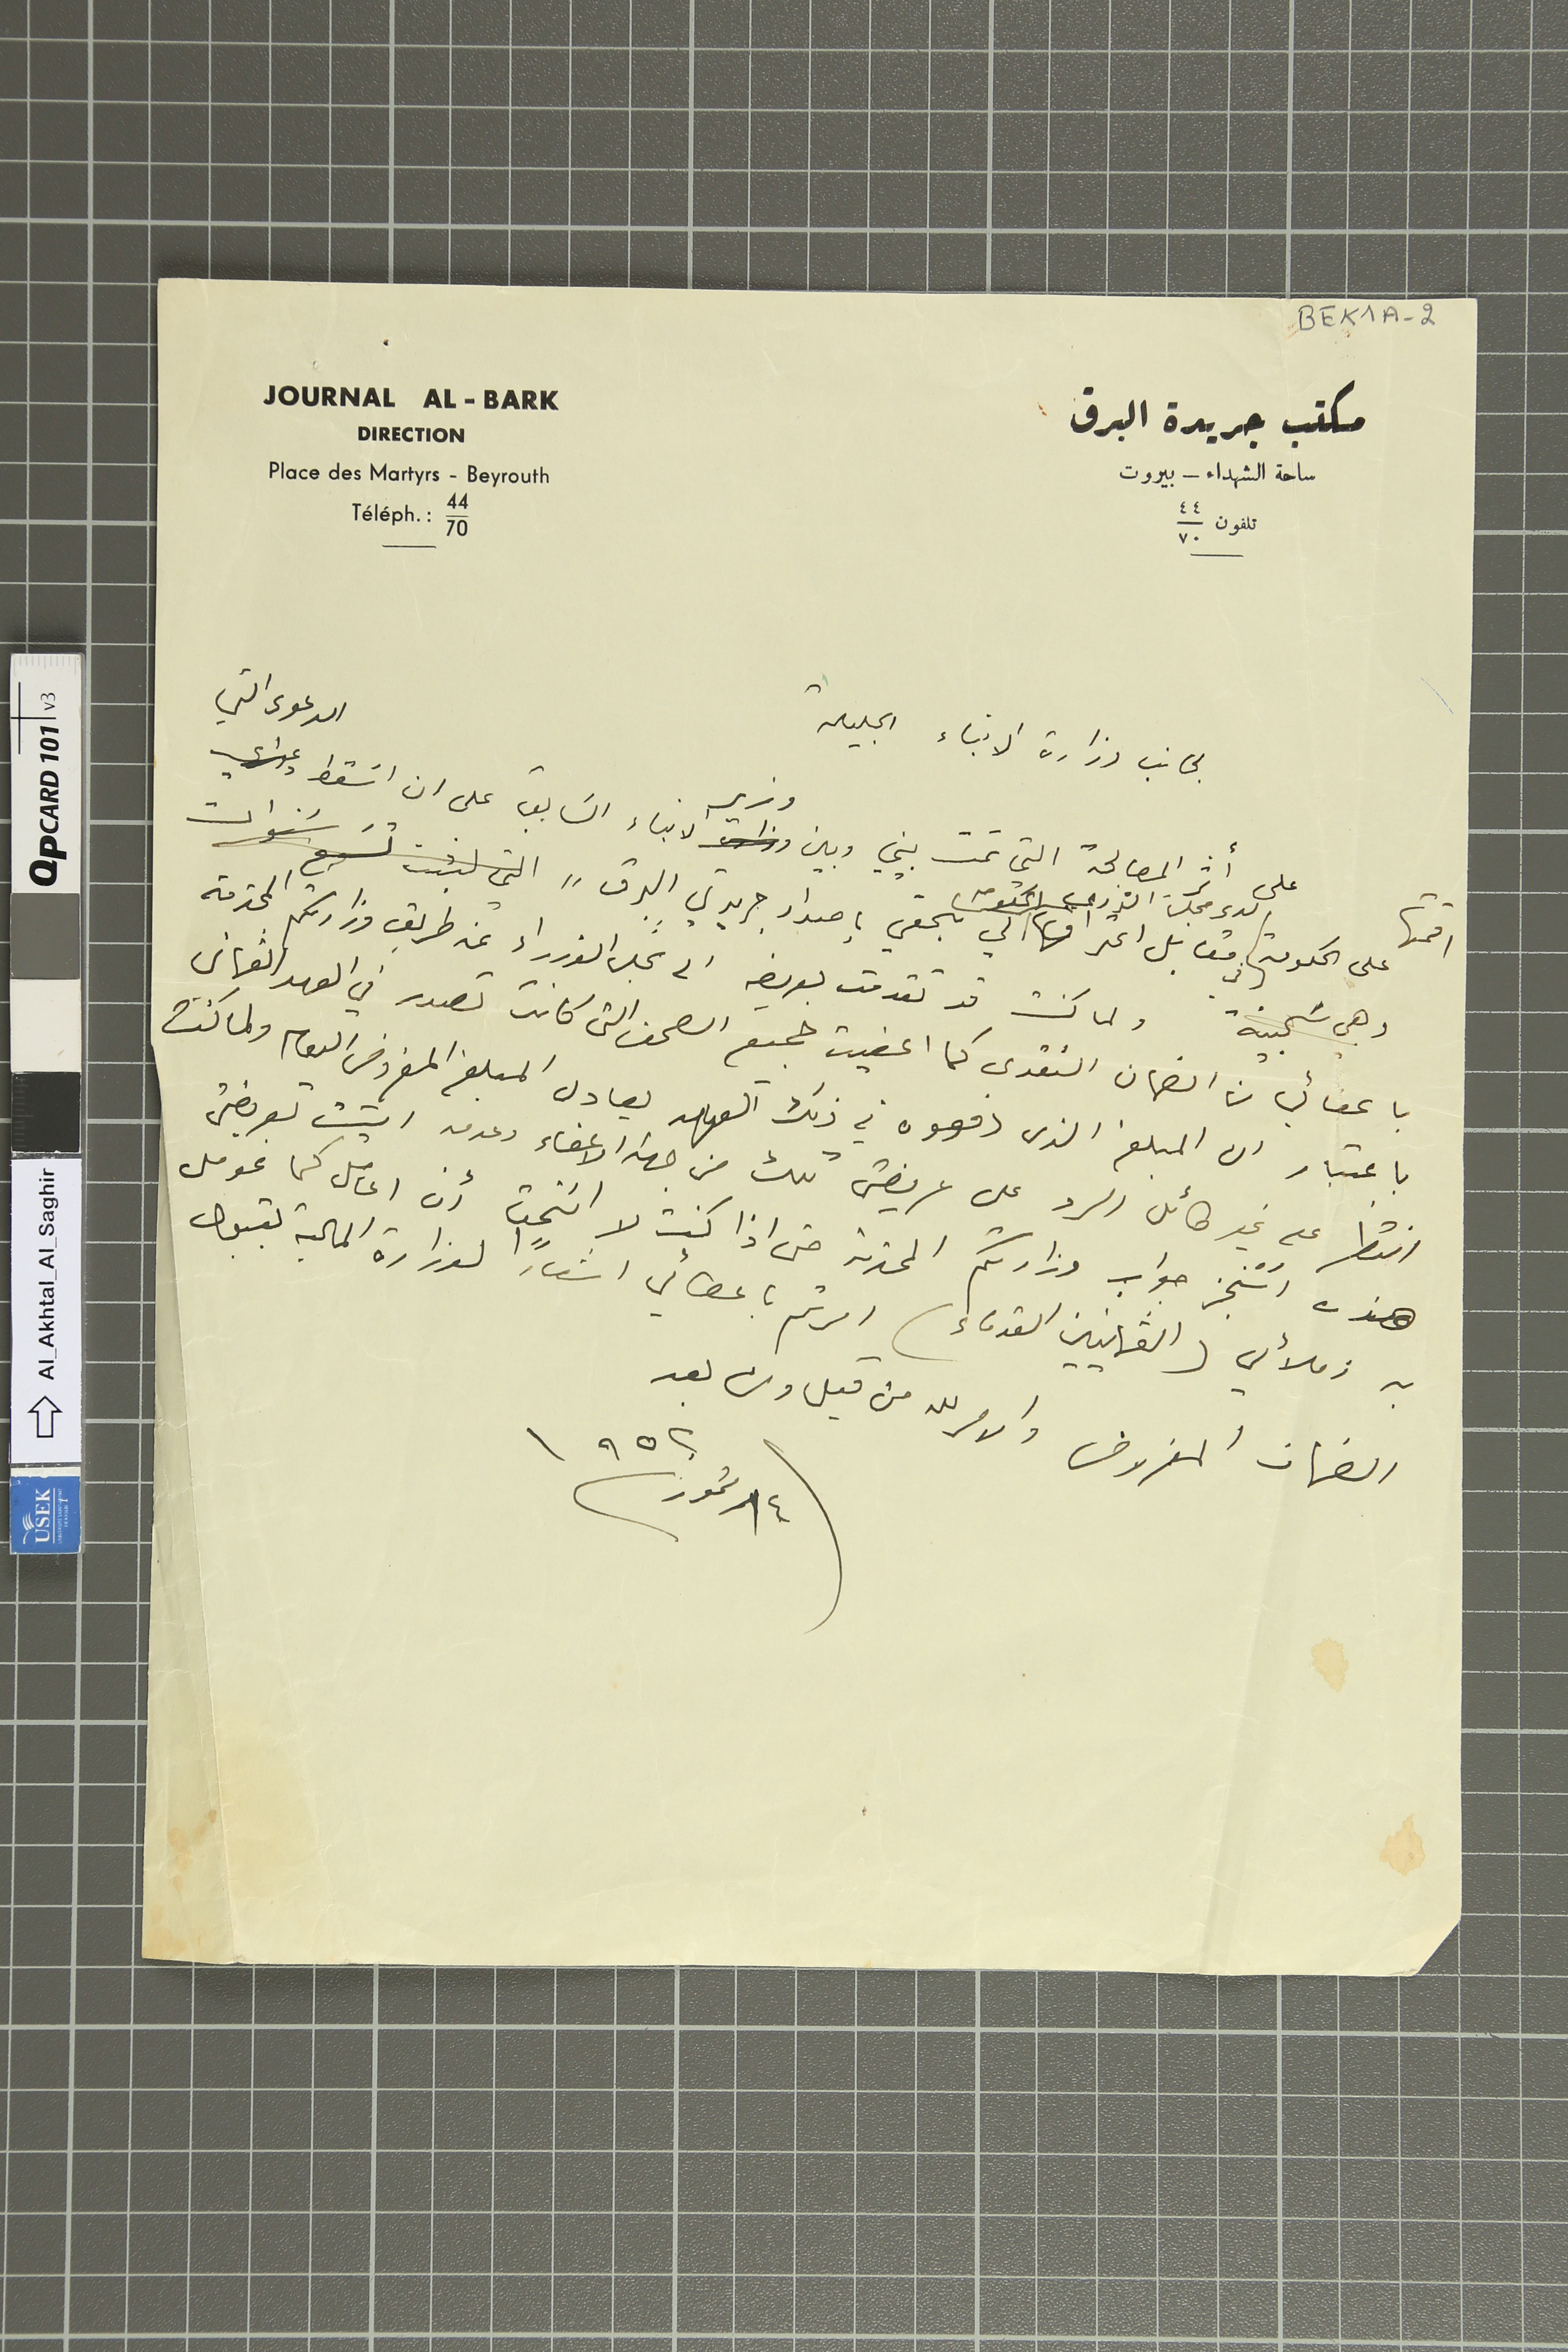
لجانب وزارة الانباء الجليلة
على أثر المصالحة التي تمت بيني وبين وزير الانباء الَسَابق على ان اسَقط الدعوى التي
اقمتها على الحكومة لدى مجلسَ الشورى مقابل اعتراف الحكومة لي بحقي باصدار جريدتي البرق التي لبثت تسَع سنوات
وهي سَجينة ولما كنت قد تقدمت بعريضه الى مجلس الوزراء عن طريق وزارتكم المحترمة
باعفائي من الضمان النقدي كما اعفيت جميع الصحف التي كانت تصدر في العهد العثماني
باعتبار ان المبلغ الذي دفعوه في ذلك العهد يعادل المبلغ المفروض اليوم ولما كنت
انتظر على غير طائل الرد على عريضتى تلك من جهة الاعفاء وعدمه اتيت بعريضتي
هذه استنجز جواب وزارتكم المحترمه حتى اذا كنت لا اسَتحق ان اعامل كما عومل
مكتب جريدة البرق
ساحة الشهداء - بيروت
تلفون ٤٤/٧٠
 Journal Al - Bark
Direction
place des Martyrs - Beyrouth
téléph.: 44/70
به زملائي (العثمانيين القدماء) امرتم باعطائي اشعاراً لوزارة المالية بقبول
الضمان المفروض والامر لله من قبل ومن بعد
١٤ / تموز /١٩٥٢
BEK1A-2